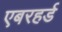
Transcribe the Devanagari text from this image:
एबरहर्ड